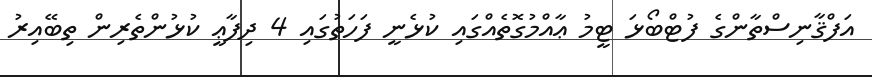
އަފްޤާނިސްތާންގެ ފުޓްބޯޅަ ޓީމު ޢާއްމުގޮތެއްގައި ކުޅެނީ ފަހަތުގައި 4 ދިފާޢީ ކުޅުންތެރިން ތިބޭއިރު